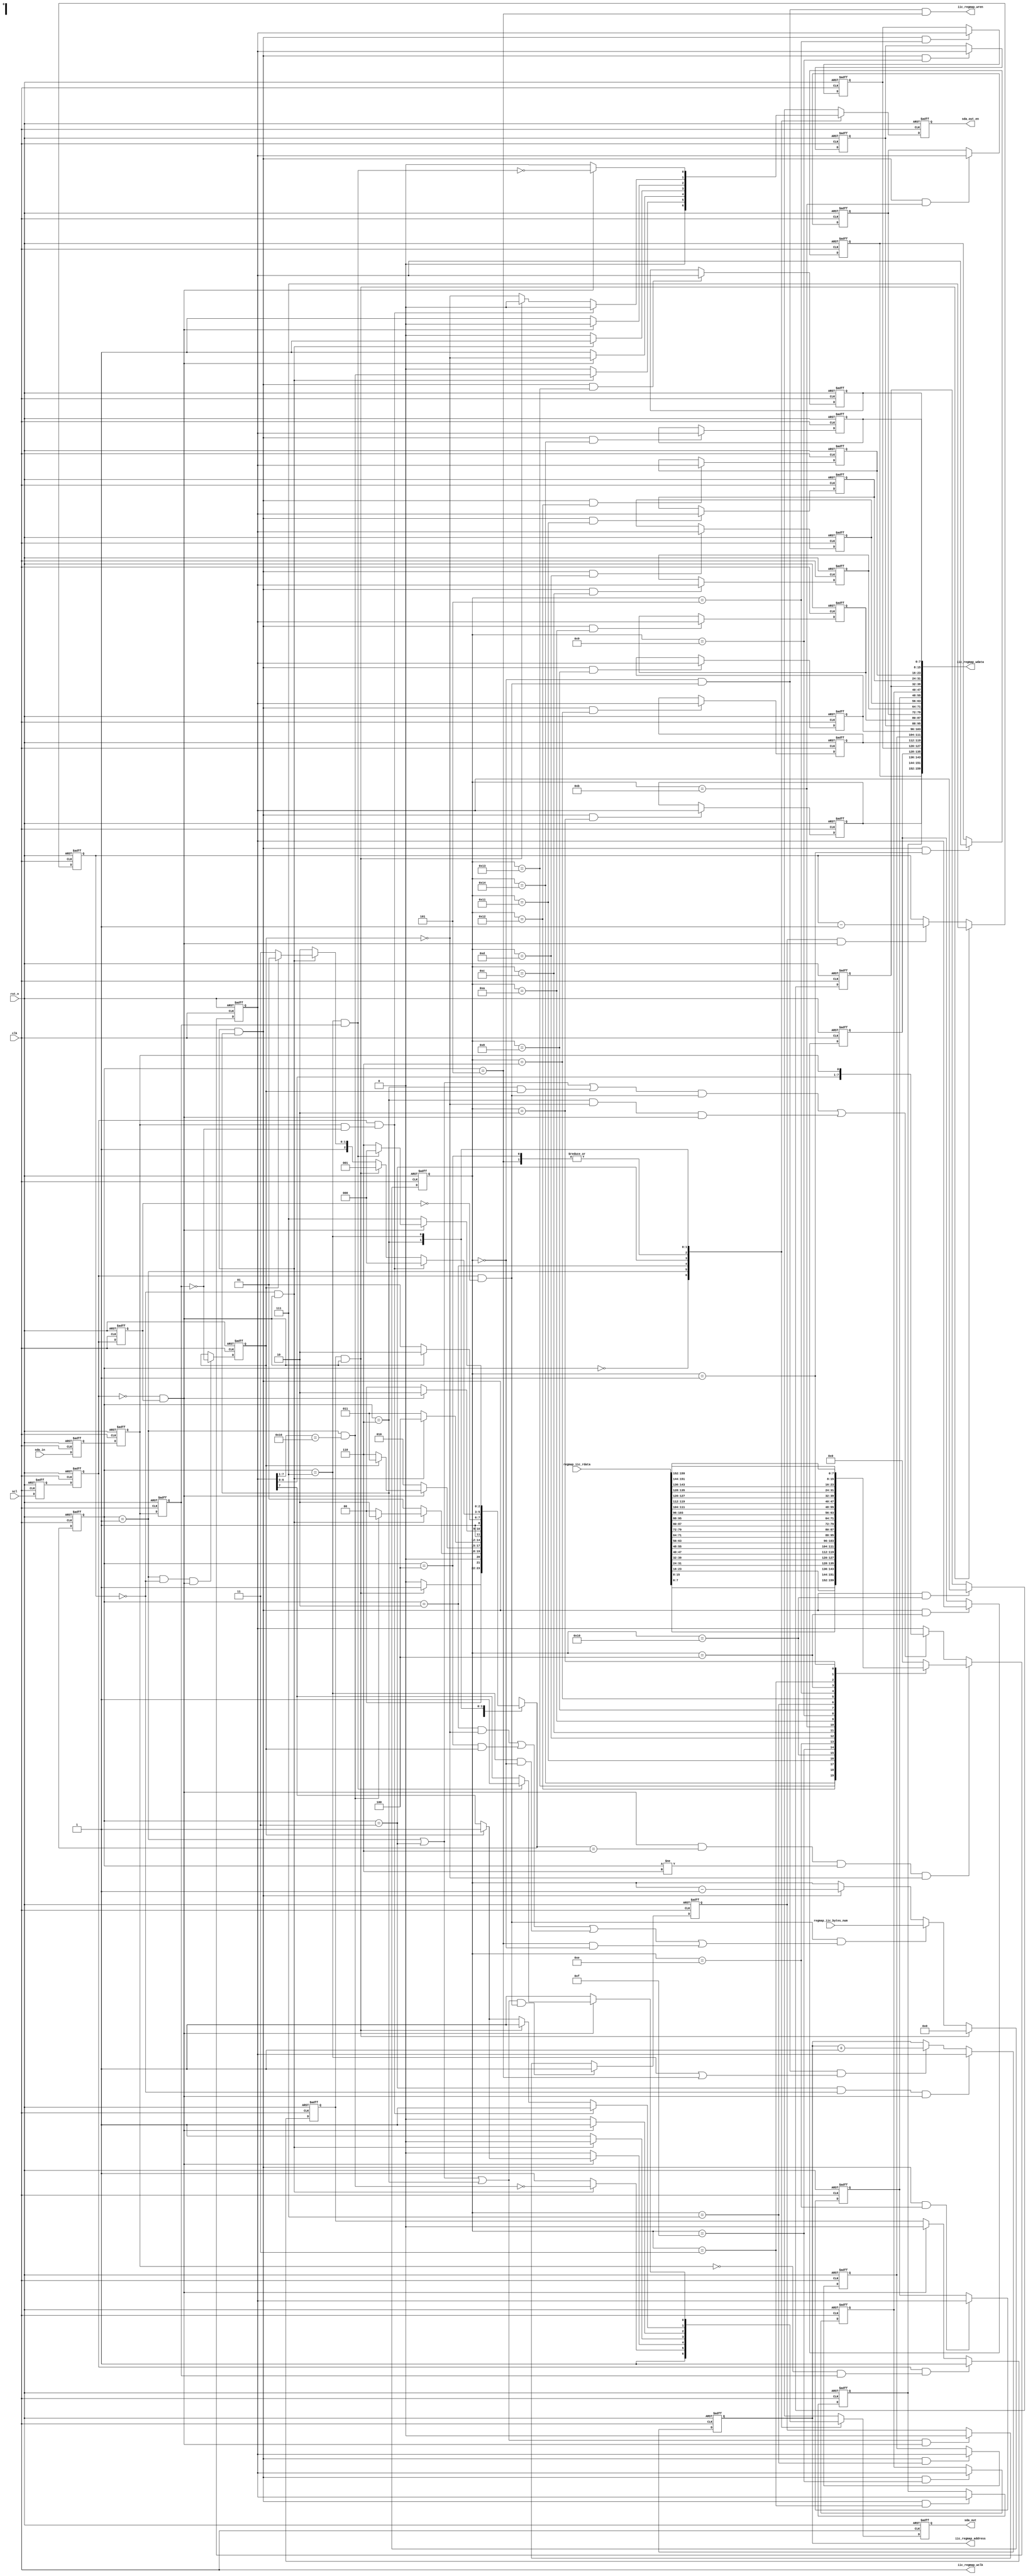
module sync_iic_port (
    clk,
    rst_n,
    scl,
    sda_in,
    sda_out,
    sda_out_en,
    iic_regmap_address,
    iic_regmap_wren,
    iic_regmap_wclk,
    iic_regmap_wdata,
    regmap_iic_rdata,
    regmap_iic_bytes_num
);

input              clk;
input              scl;
input              rst_n;
input              sda_in;
input  [32*5-1:0]  regmap_iic_rdata;
input  [4:0]       regmap_iic_bytes_num;
output             iic_regmap_wclk;
output [7:0]       iic_regmap_address;
output             iic_regmap_wren;
output [32*5-1:0]  iic_regmap_wdata;
output             sda_out;
output             sda_out_en;

wire               iic_regmap_wclk;
wire   [32*5-1:0]  iic_regmap_wdata;
wire   [6:0]       dev_addr;
wire               scl_rise_edge;
wire               scl_fall_edge;
wire               sda_in_rise_edge;
wire               sda_in_fall_edge;
wire               start;
wire               stop;
wire               trans_byte;
wire               trans_done;
wire               dev_addr_hit;
wire               get_nack;
wire               data_shift_en;
wire               data_in_load;
wire               data_out_load;
wire               sub_addr_load;
wire   [7:0]       shift_cnt_load;
wire               data_shift_in_en;
wire               data_shift_out_en;
wire               write_load;
wire               bit_cnt_load;
wire               bit_cnt_dec;
wire               byte_cnt_load;
wire               byte_cnt_dec;
wire               sub_addr_inc;
wire   [7:0]       iic_regmap_address;
reg                bit_cnt_dec_reg;
reg    [7:0]       sda_out_load;
reg    [7:0]       sub_addr;
reg    [7:0]       data_shift;
reg    [2:0]       bit_cnt;
reg    [4:0]       byte_cnt;
reg                i2c_write;
reg                nxt_sda_out_en;
reg                sda_out_en;
reg                nxt_sda_out;
reg                sda_out;
reg                scl_d1;
reg                scl_d2;
reg                scl_d3;
reg                sda_in_d1;
reg                sda_in_d2;
reg                sda_in_d3;
reg                start_reg;
reg    [2:0]       cur_state;
reg    [2:0]       nxt_state;
reg    [159:0]     wdata_reg;

parameter IDLE            = 3'b000;
parameter DEV_ADDR        = 3'b001;
parameter DEV_ADDR_RESP   = 3'b010;
parameter R_SUB_ADDR      = 3'b011;
parameter SUB_ADDR_RESP   = 3'b100;
parameter S_RESP          = 3'b101;
parameter DATA            = 3'b110;
parameter R_RESP          = 3'b111;

assign dev_addr = 7'b0010110;

//-----------------------------------------------
//                  main logic
//-----------------------------------------------

//sample input
always @(posedge clk or negedge rst_n) begin
    if(!rst_n) begin
        scl_d1 <= 1'b1;
        scl_d2 <= 1'b1;
        scl_d3 <= 1'b1;
        sda_in_d1 <= 1'b1;
        sda_in_d2 <= 1'b1;
        sda_in_d3 <= 1'b1;
    end
    else begin
        scl_d1 <= scl;
        scl_d2 <= scl_d1;
        scl_d3 <= scl_d2;
        sda_in_d1 <= sda_in;
        sda_in_d2 <= sda_in_d1;
        sda_in_d3 <= sda_in_d2;
    end
end

assign scl_rise_edge = scl_d2 && !scl_d3;
assign scl_fall_edge = !scl_d2 && scl_d3;
assign sda_in_rise_edge = sda_in_d2 && !sda_in_d3;
assign sda_in_fall_edge = !sda_in_d2 && sda_in_d3;
assign start = scl_d2 && sda_in_fall_edge;
assign stop = scl_d2 && sda_in_rise_edge;

// I2C FSM
always @(posedge clk or negedge rst_n) begin
    if (!rst_n) begin
        cur_state[2:0] <= IDLE;
        sda_out_en     <= 1'b0;
        sda_out        <= 1'b1;
    end
    else begin
        cur_state[2:0] <= nxt_state[2:0];
        sda_out_en     <= nxt_sda_out_en;
        sda_out        <= nxt_sda_out;
    end
end

always @(*) begin
    case (cur_state)
        IDLE: begin
            if (start_reg && scl_fall_edge) begin
                nxt_state = DEV_ADDR;
                nxt_sda_out_en = 1'b0;
                nxt_sda_out = 1'b1;
            end
            else begin
                nxt_state = IDLE;
                nxt_sda_out_en = 1'b0;
                nxt_sda_out = 1'b1;
            end
        end
        DEV_ADDR: begin
            if (trans_byte && scl_fall_edge) begin
                nxt_state = dev_addr_hit ? DEV_ADDR_RESP : IDLE;
                nxt_sda_out_en = dev_addr_hit;
                nxt_sda_out = !dev_addr_hit;
            end
            else begin
                nxt_state = DEV_ADDR;
                nxt_sda_out_en = 1'b0;
                nxt_sda_out = 1'b1;
            end
        end
        DEV_ADDR_RESP: begin
            if (scl_fall_edge) begin
                nxt_state = i2c_write ? R_SUB_ADDR : DATA;
                nxt_sda_out_en = !i2c_write;
                nxt_sda_out = i2c_write ? 1'b1 : data_shift[7];
            end
            else begin
                nxt_state = DEV_ADDR_RESP;
                nxt_sda_out_en = 1'b1;
                nxt_sda_out = 1'b0;
            end
        end
        R_SUB_ADDR: begin
            if (trans_byte && scl_fall_edge) begin
                nxt_state = SUB_ADDR_RESP;
                nxt_sda_out_en = 1'b1;
                nxt_sda_out = 1'b0;
            end
            else begin
                nxt_state = R_SUB_ADDR;
                nxt_sda_out_en = 1'b0;
                nxt_sda_out = 1'b1;
            end
        end
        SUB_ADDR_RESP: begin
            if (scl_fall_edge) begin
                nxt_state = DATA;
                nxt_sda_out_en = 1'b0;
                nxt_sda_out = 1'b1;
            end
            else begin
                nxt_state = SUB_ADDR_RESP;
                nxt_sda_out_en = 1'b1;
                nxt_sda_out = 1'b0;
            end
        end
        S_RESP: begin
            if (scl_fall_edge) begin
                nxt_state = DATA;
                nxt_sda_out_en = 1'b0;
                nxt_sda_out = 1'b1;
            end
            else begin
                nxt_state = S_RESP;
                nxt_sda_out_en = 1'b1;
                nxt_sda_out = 1'b0;
            end
        end
        DATA: begin
            if (stop) begin
                nxt_state = IDLE;
                nxt_sda_out_en = 1'b0;
                nxt_sda_out = 1'b1;
            end
            else if (start_reg && scl_fall_edge) begin
                nxt_state = DEV_ADDR;
                nxt_sda_out_en = 1'b0;
                nxt_sda_out = 1'b1;
            end
            else if (trans_byte && scl_fall_edge) begin
                nxt_state = i2c_write ? S_RESP : R_RESP;
                nxt_sda_out_en = !i2c_write;
                nxt_sda_out = i2c_write ? 1'b1 : data_shift[7];
            end
            else begin
                nxt_state = DATA;
                nxt_sda_out_en = !i2c_write;
                nxt_sda_out = i2c_write ? 1'b1 : data_shift[7];
            end
        end
        R_RESP: begin
            if (scl_fall_edge) begin
                nxt_state = get_nack ? IDLE : DATA;
                nxt_sda_out_en = !get_nack;
                nxt_sda_out = get_nack ? 1'b1 : data_shift[7];
            end
            else begin
                nxt_state = R_RESP;
                nxt_sda_out_en = 1'b0;
                nxt_sda_out = 1'b1;
            end
        end
    endcase
end

assign dev_addr_hit = (cur_state == DEV_ADDR) && (data_shift[7:1] == dev_addr[6:0]);
assign get_nack = (cur_state == R_RESP) && sda_in_d3;

//start signal
always @(posedge clk or negedge rst_n) begin
    if (!rst_n) begin
        start_reg <= 1'b0;
    end
    else if (start) begin
        start_reg <= 1'b1;
    end
    else if (scl_fall_edge) begin
        start_reg <= 1'b0;
    end
    else begin
        start_reg <= start_reg;
    end
end

//data_shift
assign data_shift_in_en = ((cur_state == DEV_ADDR)
                        || (cur_state == R_SUB_ADDR)
                        || (cur_state == DATA) && i2c_write) && scl_rise_edge;

assign data_shift_out_en = (cur_state == DATA) && !i2c_write && scl_fall_edge;

assign data_shift_en = data_shift_in_en || data_shift_out_en;

assign data_out_load = scl_fall_edge && (nxt_state == DATA) && (cur_state != DATA) && !i2c_write;

always @(posedge clk or negedge rst_n) begin
    if (!rst_n) begin
        data_shift <= 8'b0;
    end
    else if(data_out_load) begin
        data_shift <= sda_out_load[7:0];
    end
    else if(data_shift_en) begin
        data_shift <= {data_shift[6:0], sda_in_d2};
    end
    else begin
        data_shift <= data_shift;
    end
end

//read write select
assign write_load = (cur_state == DEV_ADDR) && trans_byte && scl_fall_edge;

always @(posedge clk or negedge rst_n) begin
    if (!rst_n) begin
        i2c_write = 1'b0;
    end
    else if(write_load) begin
        i2c_write = !sda_in_d3;
    end
    else begin
        i2c_write = i2c_write;
    end
end

//bit counter
assign bit_cnt_load = start_reg && scl_fall_edge;
assign bit_cnt_dec = (cur_state == DEV_ADDR)
                  || (cur_state == R_SUB_ADDR)
                  || (cur_state == DATA);

always @(posedge clk or negedge rst_n) begin
    if (!rst_n) begin
        bit_cnt_dec_reg <= 1'b0;
    end
    else if (bit_cnt_dec && scl_rise_edge) begin
        bit_cnt_dec_reg <= 1'b1;
    end
    else if (bit_cnt_dec && scl_fall_edge) begin
        bit_cnt_dec_reg <= 1'b0;
    end
end

always @(posedge clk or negedge rst_n) begin
    if (!rst_n) begin
        bit_cnt <= 3'b111;
    end
    else if(bit_cnt_load) begin
        bit_cnt <= 3'b111;
    end
    else if(bit_cnt_dec_reg && scl_fall_edge) begin
        bit_cnt <= bit_cnt - 3'b1;
    end
    else begin
        bit_cnt <= bit_cnt;
    end
end

//byte counter
assign byte_cnt_load = scl_rise_edge &&
                       (   (cur_state == DEV_ADDR_RESP) && !i2c_write
                        || (cur_state == SUB_ADDR_RESP) && i2c_write
                        || (cur_state == R_RESP)        && trans_done
                        || (cur_state == S_RESP)        && trans_done);

assign byte_cnt_dec = scl_fall_edge
                   && trans_byte
                   && (cur_state == DATA);

always @(posedge clk or negedge rst_n) begin
    if (!rst_n) begin
        byte_cnt <= 5'b0;
    end
    else if(bit_cnt_load) begin
        byte_cnt <= 5'b0;
    end
    else if(byte_cnt_load) begin
        byte_cnt <= regmap_iic_bytes_num;
    end
    else if(byte_cnt_dec) begin
        byte_cnt <= byte_cnt - 5'b1;
    end
    else begin
        byte_cnt <= byte_cnt;
    end
end

assign trans_byte = bit_cnt == 3'b000;
assign trans_done = byte_cnt == 5'd0;

//sub addr reg
assign sub_addr_load = (cur_state == R_SUB_ADDR) && trans_byte && scl_fall_edge;

assign sub_addr_inc = trans_done && scl_rise_edge &&
                    ( (cur_state == R_RESP) || (cur_state == S_RESP));

always @(posedge clk or negedge rst_n) begin
    if (!rst_n) begin
        sub_addr <= 8'b0;
    end
    else if(sub_addr_load) begin
        sub_addr <= data_shift;
    end
    else if(sub_addr_inc) begin
        sub_addr <= sub_addr + 8'b1;
    end
    else begin
        sub_addr <= sub_addr;
    end
end

//wdata load
generate
    genvar i;
    for (i=1; i<=20; i=i+1) begin
        always @(posedge clk or negedge rst_n) begin
            if (!rst_n) begin
                wdata_reg[8*i-1:8*i-8] <= 8'b0;
            end
            else if(byte_cnt_dec && (byte_cnt == i)) begin
                wdata_reg[8*i-1:8*i-8] <= data_shift;
            end
            else begin
                wdata_reg[8*i-1:8*i-8] <= wdata_reg[8*i-1:8*i-8];
            end
        end
    end
endgenerate

always @(*) begin
    case(byte_cnt)
        5'd20: sda_out_load[7:0] = regmap_iic_rdata[7:0];
        5'd19: sda_out_load[7:0] = regmap_iic_rdata[15:8];
        5'd18: sda_out_load[7:0] = regmap_iic_rdata[23:16];
        5'd17: sda_out_load[7:0] = regmap_iic_rdata[31:24];
        5'd16: sda_out_load[7:0] = regmap_iic_rdata[39:32];
        5'd15: sda_out_load[7:0] = regmap_iic_rdata[47:40];
        5'd14: sda_out_load[7:0] = regmap_iic_rdata[55:48];
        5'd13: sda_out_load[7:0] = regmap_iic_rdata[63:56];
        5'd12: sda_out_load[7:0] = regmap_iic_rdata[71:64];
        5'd11: sda_out_load[7:0] = regmap_iic_rdata[79:72];
        5'd10: sda_out_load[7:0] = regmap_iic_rdata[87:80];
        5'd9 : sda_out_load[7:0] = regmap_iic_rdata[95:88];
        5'd8 : sda_out_load[7:0] = regmap_iic_rdata[103:96];
        5'd7 : sda_out_load[7:0] = regmap_iic_rdata[111:104];
        5'd6 : sda_out_load[7:0] = regmap_iic_rdata[119:112];
        5'd5 : sda_out_load[7:0] = regmap_iic_rdata[127:120];
        5'd4 : sda_out_load[7:0] = regmap_iic_rdata[135:128];
        5'd3 : sda_out_load[7:0] = regmap_iic_rdata[143:136];
        5'd2 : sda_out_load[7:0] = regmap_iic_rdata[151:144];
        5'd1 : sda_out_load[7:0] = regmap_iic_rdata[159:152];
        default: sda_out_load[7:0] = 8'b0;
    endcase
end

//port with regmap
assign iic_regmap_wclk = clk;
assign iic_regmap_wren = scl_rise_edge && trans_done && (cur_state == S_RESP);
assign iic_regmap_address = sub_addr;
assign iic_regmap_wdata = {wdata_reg[7:0],
                           wdata_reg[15:8],
                           wdata_reg[23:16],
                           wdata_reg[31:24],
                           wdata_reg[39:32],
                           wdata_reg[47:40],
                           wdata_reg[55:48],
                           wdata_reg[63:56],
                           wdata_reg[71:64],
                           wdata_reg[79:72],
                           wdata_reg[87:80],
                           wdata_reg[95:88],
                           wdata_reg[103:96],
                           wdata_reg[111:104],
                           wdata_reg[119:112],
                           wdata_reg[127:120],
                           wdata_reg[135:128],
                           wdata_reg[143:136],
                           wdata_reg[151:144],
                           wdata_reg[159:152]
                           };
endmodule